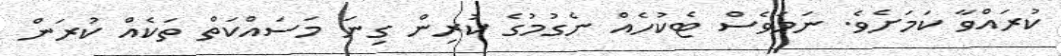
ކުރައްވާ ކަމަށެވެ. ނަމަވެސް ޓެކުހެއް ނެގުމުގެ ކުރިން ގިނަ މަސައްކަތް ތަކެއް ކުރަން